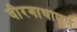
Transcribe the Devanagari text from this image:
वीरगाथापूर्ण